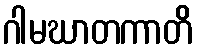
ဂါမဃာတကာတိ